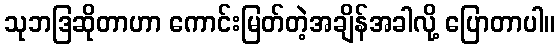
သုဘဒြဆိုတာဟာ ကောင်းမြတ်တဲ့အချိန်အခါလို့ ပြောတာပါ။